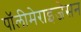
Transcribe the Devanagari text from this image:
पॉलीमेराइजेसन